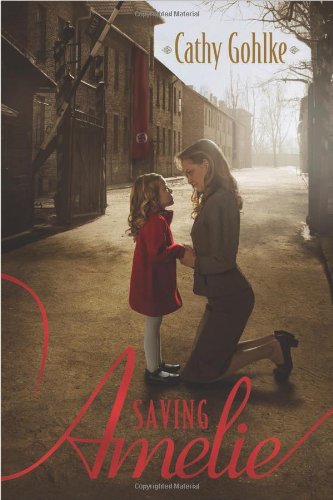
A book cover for Saving Amelie; Cathy Gohlke; Mystery, Thriller & Suspense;